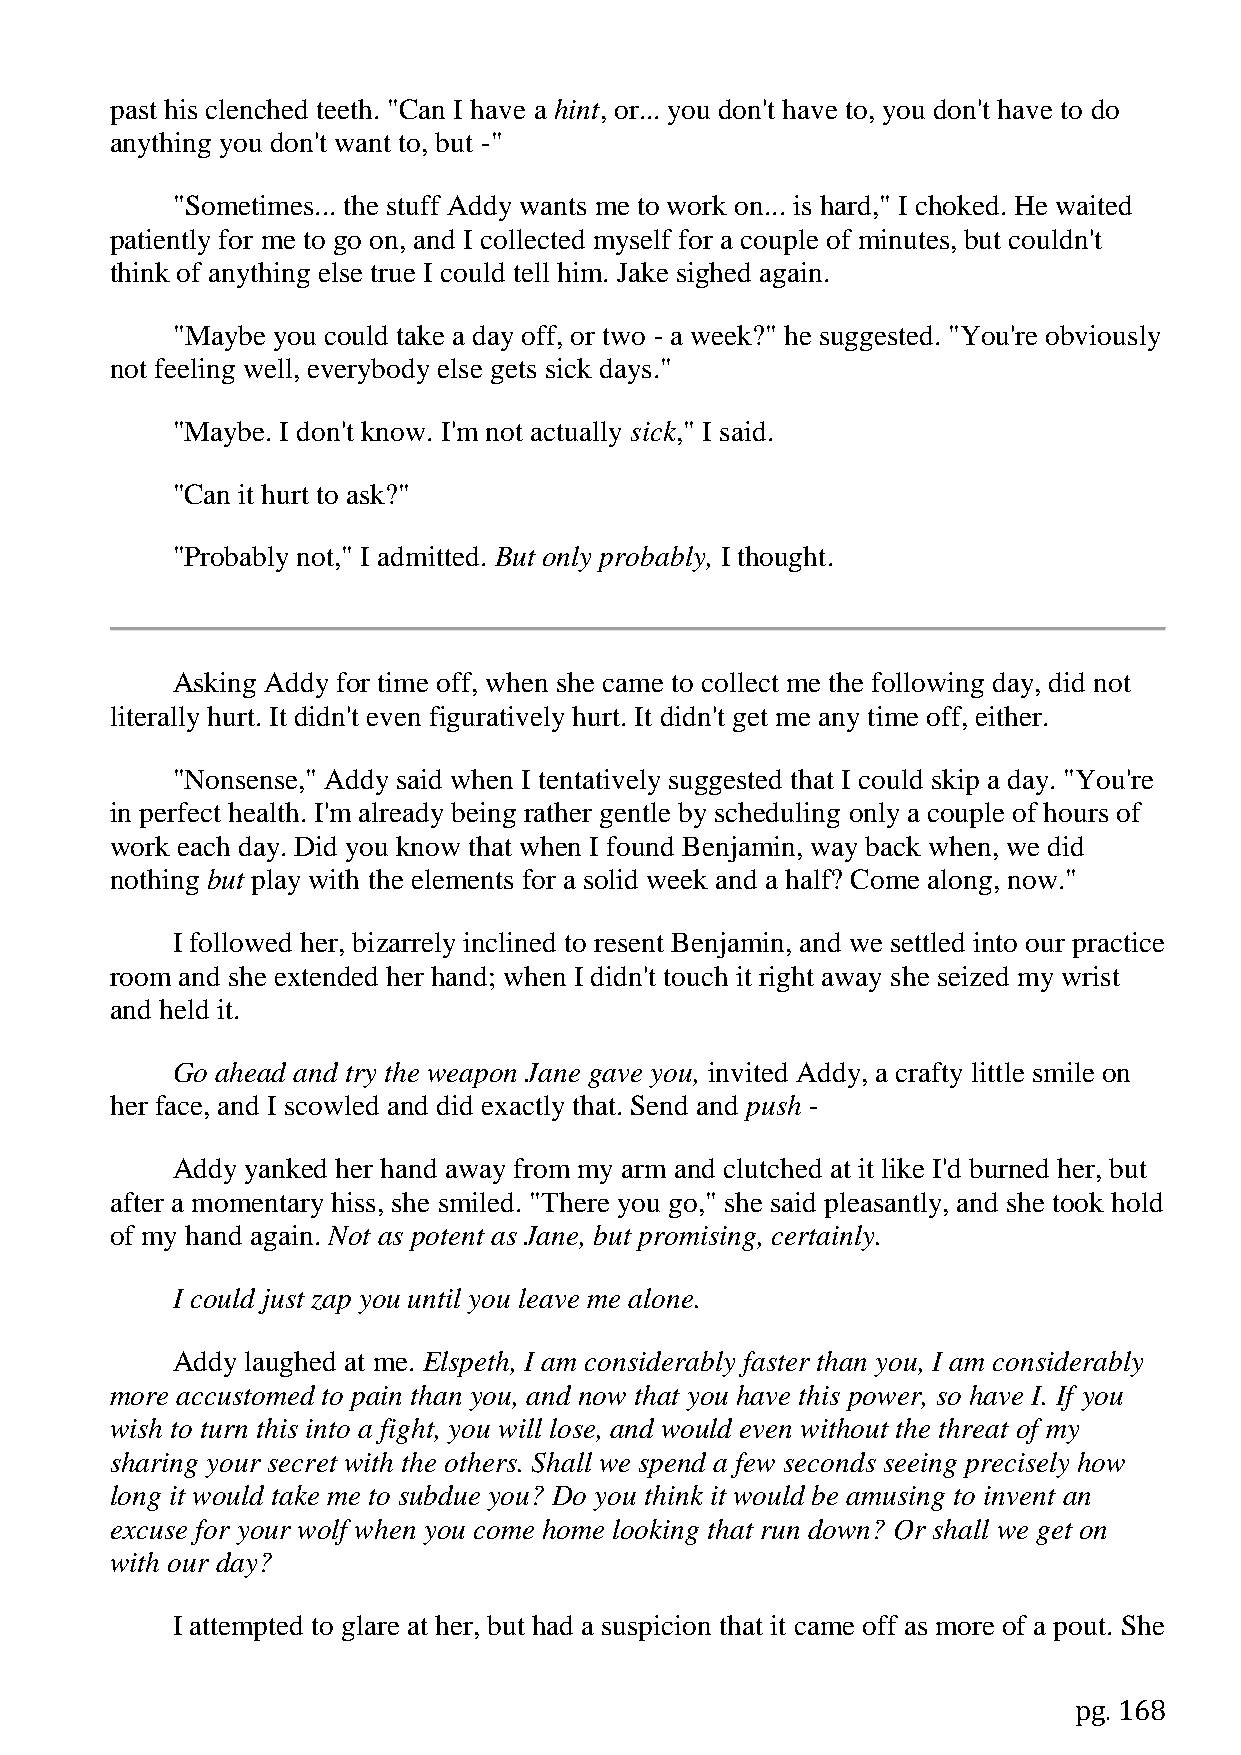
past his clenched teeth. "Can I have a hint, or... you don't have to, you don't have to do
 anything you don't want to, but -"
 "Sometimes... the stuff Addy wants me to work on... is hard," I choked. He waited
 patiently for me to go on, and I collected myself for a couple of minutes, but couldn't
 think of anything else true I could tell him. Jake sighed again.
 "Maybe you could take a day off, or two - a week?" he suggested. "You're obviously
 not feeling well, everybody else gets sick days."
 "Maybe. I don't know. I'm not actually sick," I said.
 "Can it hurt to ask?"
 "Probably not," I admitted. But only probably, I thought.
 Asking Addy for time off, when she came to collect me the following day, did not
 literally hurt. It didn't even figuratively hurt. It didn't get me any time off, either.
 "Nonsense," Addy said when I tentatively suggested that I could skip a day. "You're
 in perfect health. I'm already being rather gentle by scheduling only a couple of hours of
 work each day. Did you know that when I found Benjamin, way back when, we did
 nothing but play with the elements for a solid week and a half? Come along, now."
 I followed her, bizarrely inclined to resent Benjamin, and we settled into our practice
 room and she extended her hand; when I didn't touch it right away she seized my wrist
 and held it.
 Go ahead and try the weapon Jane gave you, invited Addy, a crafty little smile on
 her face, and I scowled and did exactly that. Send and push -
 Addy yanked her hand away from my arm and clutched at it like I'd burned her, but
 after a momentary hiss, she smiled. "There you go," she said pleasantly, and she took hold
 of my hand again. Not as potent as Jane, but promising, certainly.
 I could just zap you until you leave me alone.
 Addy laughed at me. Elspeth, I am considerably faster than you, I am considerably
 more accustomed to pain than you, and now that you have this power, so have I. If you
 wish to turn this into a fight, you will lose, and would even without the threat of my
 sharing your secret with the others. Shall we spend a few seconds seeing precisely how
 long it would take me to subdue you? Do you think it would be amusing to invent an
 excuse for your wolf when you come home looking that run down? Or shall we get on
 with our day?
 I attempted to glare at her, but had a suspicion that it came off as more of a pout. She
 pg. 168